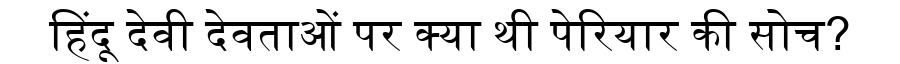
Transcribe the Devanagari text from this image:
हिंदू देवी देवताओं पर क्या थी पेरियार की सोच?